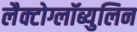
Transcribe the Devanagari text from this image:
लैक्टोग्लॉब्युलिन